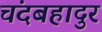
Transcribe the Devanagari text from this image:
चंदबहादुर